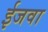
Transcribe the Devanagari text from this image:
ईजवा